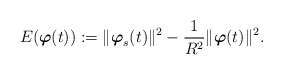
\begin{align*}E(\mbox{\mathversion{bold}$\varphi$}(t)):=\| \mbox{\mathversion{bold}$\varphi$}_{s}(t)\|^{2}-\frac{1}{R^{2}}\|\mbox{\mathversion{bold}$\varphi$}(t)\|^{2}.\end{align*}